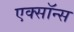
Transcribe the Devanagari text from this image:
एक्सॉन्स